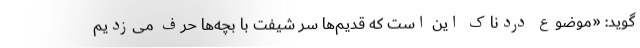
‌گوید: «موضوع دردناک این است که قدیم‌ها سر شیفت با بچه‌ها حرف می‌زدیم